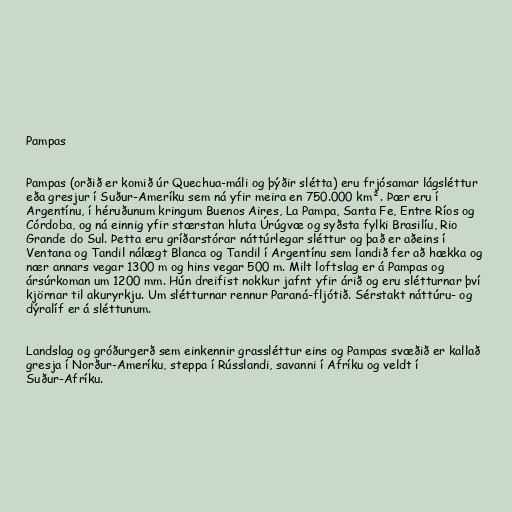
Pampas

Pampas (orðið er komið úr Quechua-máli og þýðir slétta) eru frjósamar lágsléttur
eða gresjur í Suður-Ameríku sem ná yfir meira en 750.000 km². Þær eru í
Argentínu, í héruðunum kringum Buenos Aires, La Pampa, Santa Fe, Entre Ríos og
Córdoba, og ná einnig yfir stærstan hluta Úrúgvæ og syðsta fylki Brasilíu, Rio
Grande do Sul. Þetta eru gríðarstórar náttúrlegar sléttur og það er aðeins í
Ventana og Tandil nálægt Blanca og Tandil í Argentínu sem landið fer að hækka og
nær annars vegar 1300 m og hins vegar 500 m. Milt loftslag er á Pampas og
ársúrkoman um 1200 mm. Hún dreifist nokkur jafnt yfir árið og eru slétturnar því
kjörnar til akuryrkju. Um slétturnar rennur Paraná-fljótið. Sérstakt náttúru- og
dýralíf er á sléttunum.

Landslag og gróðurgerð sem einkennir grassléttur eins og Pampas svæðið er kallað
gresja í Norður-Ameríku, steppa í Rússlandi, savanni í Afríku og veldt í
Suður-Afríku.